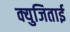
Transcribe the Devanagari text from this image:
क्युजिताई